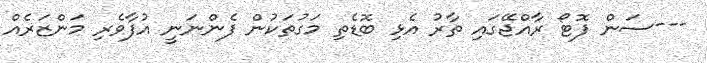
---ސަން ފޮޓޯ ރާއްޖޭގައި ތާރު އެޅި ބޮޑެތި މަގުތަކުން ފެންނަނީ އުފާވެރި މަންޒަރެއް